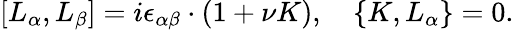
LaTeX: [L_{\alpha},L_{\beta}]=i\epsilon_{\alpha\beta}\cdot(1+\nu K),\quad\{ K,L_{\alpha}\} =0.